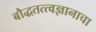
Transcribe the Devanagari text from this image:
बौद्धतत्त्वज्ञानाचा